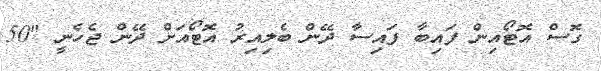
ގޮސް އޮޓޯއިން ފައިބާ ފައިސާ ދޭން ބެލިއިރު އޮޓޯއަށް ދޭން ޖެހެނީ "50